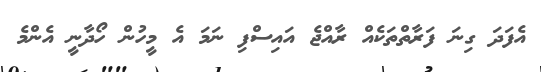
އެފަދަ ގިނަ ފަރާތްތަކެއް ރާއްޖެ އައިސްފި ނަމަ އެ މީހުން ހޯދާނީ އެންމެ